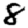
Digit: 8